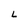
Character: L